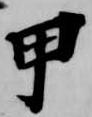
甲